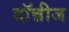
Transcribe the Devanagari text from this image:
दॉन्नीज